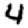
Digit: 4